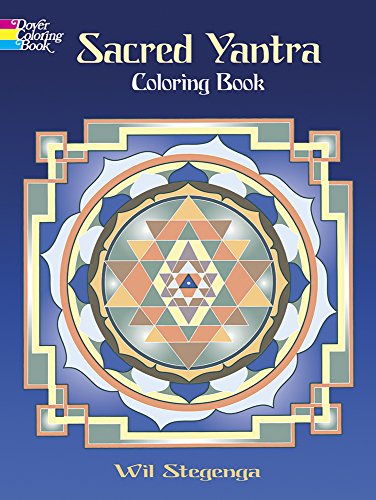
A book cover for Sacred Yantra Coloring Book (Dover Design Coloring Books); Wil Stegenga; Children's Books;